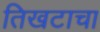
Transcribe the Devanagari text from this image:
तिखटाचा